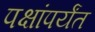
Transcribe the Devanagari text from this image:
पक्षांपर्यंत